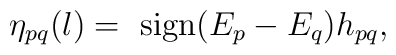
\eta_{pq}(l) = \mbox{ sign}(E_p-E_q) h_{pq},